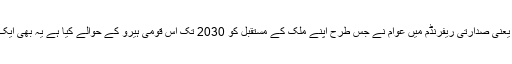
اور حالیہ انتخابات یعنی صدارتی ریفرنڈم میں عوام نے جس طرح اپنے ملک کے مستقبل کو 2030 تک اس قومی ہیرو کے حوالے کیا ہے یہ بھی ایک بڑی کامیابی ہے۔